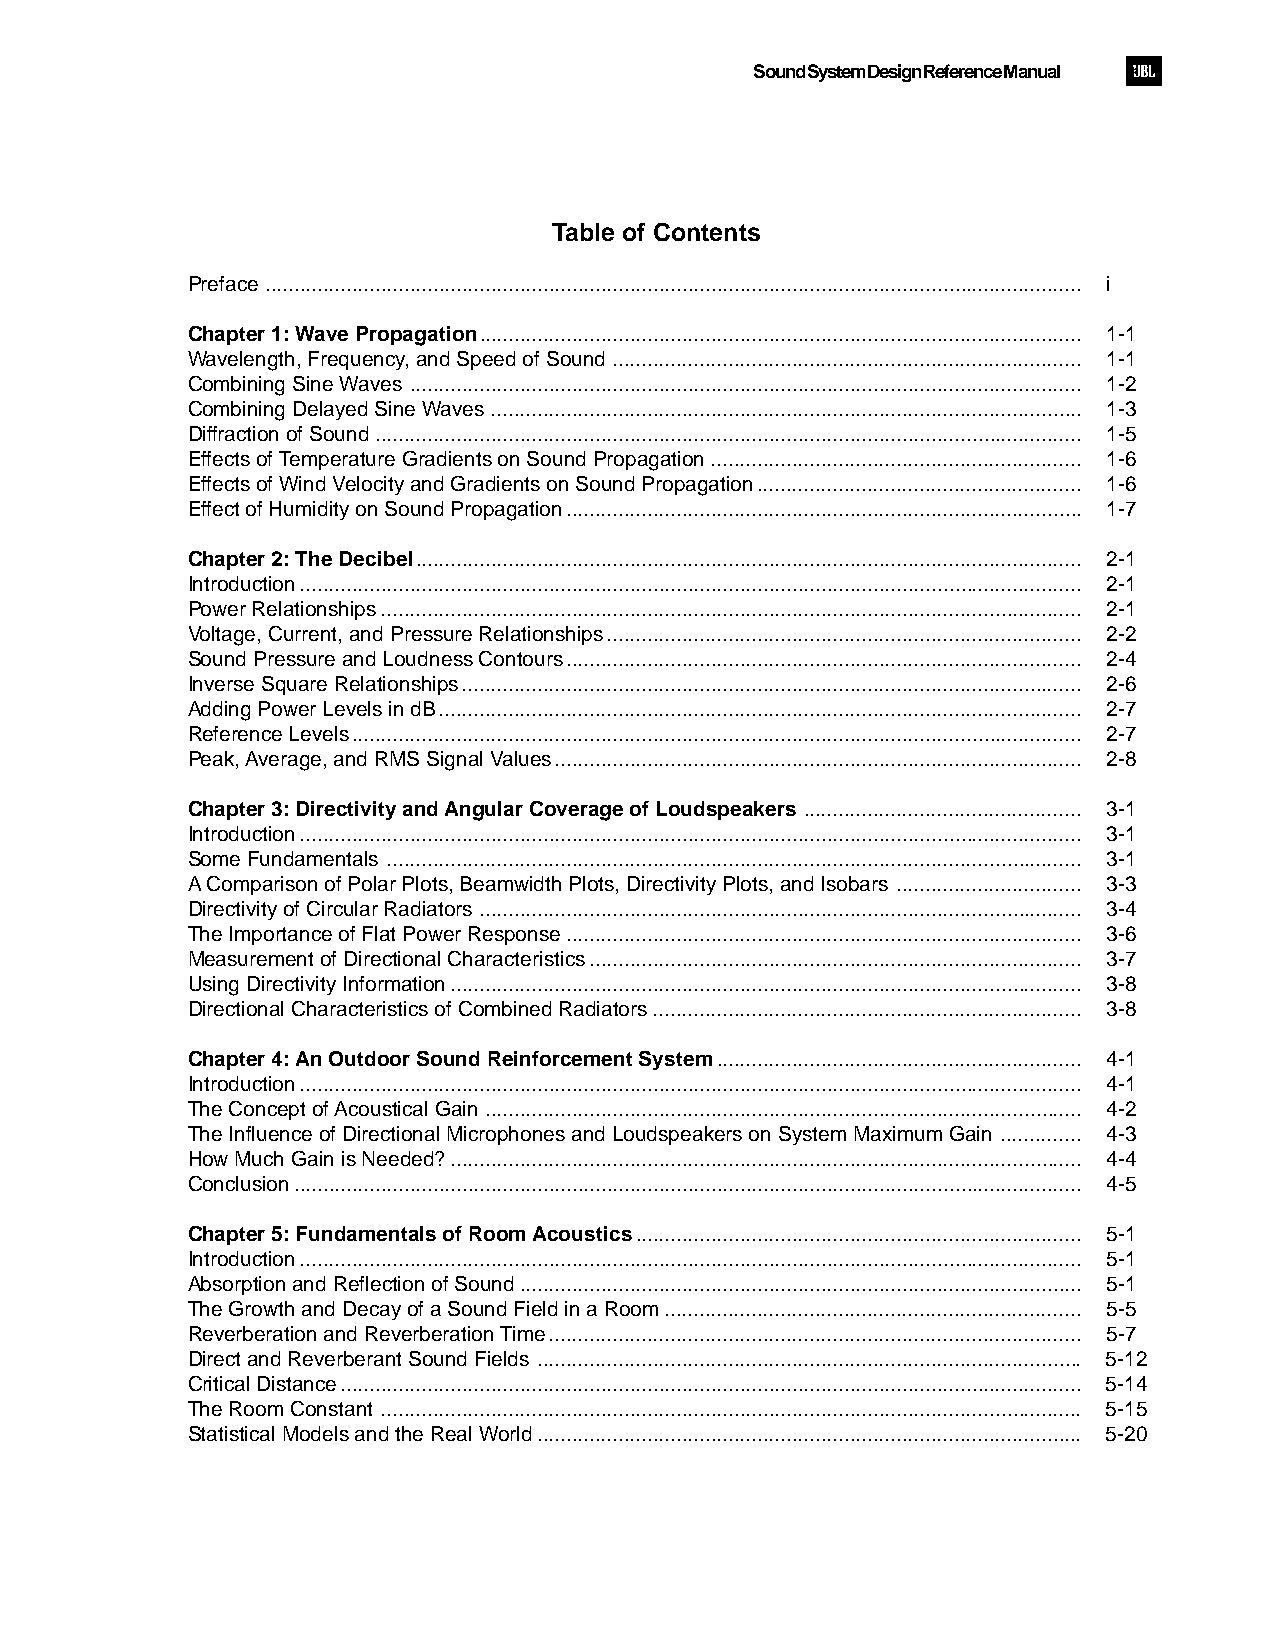
Sound System Design Reference Manual
 Table of Contents
 Preface ............................................................................................................................................. i
 Chapter 1: Wave Propagation........................................................................................................ 1-1
 Wavelength, Frequency, and Speed of Sound................................................................................. 1-1
 Combining Sine Waves .................................................................................................................... 1-2
 Combining Delayed Sine Waves...................................................................................................... 1-3
 Diffraction of Sound.......................................................................................................................... 1-5
 Effects of Temperature Gradients on Sound Propagation................................................................ 1-6
 Effects of Wind Velocity and Gradients on Sound Propagation........................................................ 1-6
 Effect of Humidity on Sound Propagation......................................................................................... 1-7
 Chapter 2: The Decibel................................................................................................................... 2-1
 Introduction....................................................................................................................................... 2-1
 Power Relationships......................................................................................................................... 2-1
 Voltage, Current, and Pressure Relationships.................................................................................. 2-2
 Sound Pressure and Loudness Contours......................................................................................... 2-4
 Inverse Square Relationships........................................................................................................... 2-6
 Adding Power Levels in dB............................................................................................................... 2-7
 Reference Levels.............................................................................................................................. 2-7
 Peak, Average, and RMS Signal Values........................................................................................... 2-8
 Chapter 3: Directivity and Angular Coverage of Loudspeakers ................................................ 3-1
 Introduction....................................................................................................................................... 3-1
 Some Fundamentals ........................................................................................................................ 3-1
 A Comparison of Polar Plots, Beamwidth Plots, Directivity Plots, and Isobars ................................ 3-3
 Directivity of Circular Radiators ........................................................................................................ 3-4
 The Importance of Flat Power Response......................................................................................... 3-6
 Measurement of Directional Characteristics..................................................................................... 3-7
 Using Directivity Information............................................................................................................. 3-8
 Directional Characteristics of Combined Radiators.......................................................................... 3-8
 Chapter 4: An Outdoor Sound Reinforcement System............................................................... 4-1
 Introduction....................................................................................................................................... 4-1
 The Concept of Acoustical Gain....................................................................................................... 4-2
 The Influence of Directional Microphones and Loudspeakers on System Maximum Gain .............. 4-3
 How Much Gain is Needed?............................................................................................................. 4-4
 Conclusion........................................................................................................................................ 4-5
 Chapter 5: Fundamentals of Room Acoustics............................................................................. 5-1
 Introduction....................................................................................................................................... 5-1
 Absorption and Reflection of Sound................................................................................................. 5-1
 The Growth and Decay of a Sound Field in a Room........................................................................ 5-5
 Reverberation and Reverberation Time............................................................................................ 5-7
 Direct and Reverberant Sound Fields .............................................................................................. 5-12
 Critical Distance................................................................................................................................ 5-14
 The Room Constant ......................................................................................................................... 5-15
 Statistical Models and the Real World.............................................................................................. 5-20